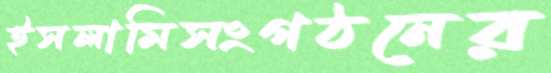
ইসলামিসংগঠনের